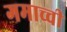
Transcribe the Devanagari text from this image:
गमाच्ची